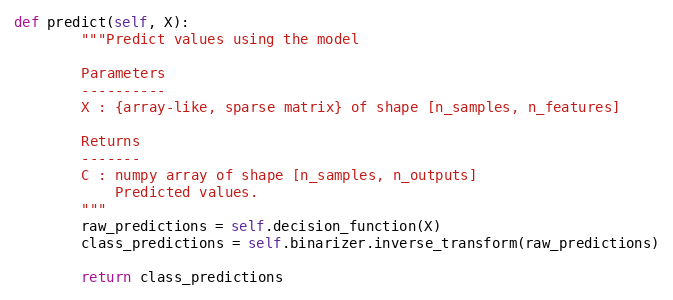
Language: Python
def predict(self, X):
        """Predict values using the model

        Parameters
        ----------
        X : {array-like, sparse matrix} of shape [n_samples, n_features]

        Returns
        -------
        C : numpy array of shape [n_samples, n_outputs]
            Predicted values.
        """
        raw_predictions = self.decision_function(X)
        class_predictions = self.binarizer.inverse_transform(raw_predictions)

        return class_predictions